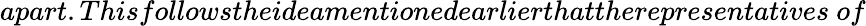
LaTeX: apart.Thisfollowstheideamentionedearlierthattherepresentatives\ of